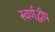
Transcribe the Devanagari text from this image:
स्वर्णद्वीप